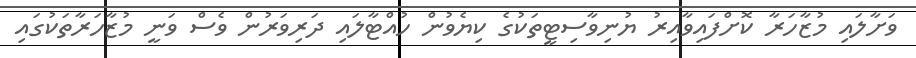
ވަށާލައި މުޒާހަރާ ކޮށްފައިވާއިރު ޔުނިވާސިޓީތަކުގެ ކިޔެވުން ހުއްޓާލައި ދަރިވަރުން ވެސް ވަނީ މުޒާހަރާތަކުގައި